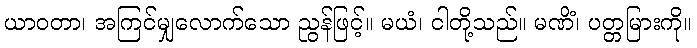
ယာဝတာ၊ အကြင်မျှလောက်သော ညွန်ဖြင့်။ မယံ၊ ငါတို့သည်။ မဏိံ၊ ပတ္တမြားကို။